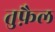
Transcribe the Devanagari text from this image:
तुफ़ैल